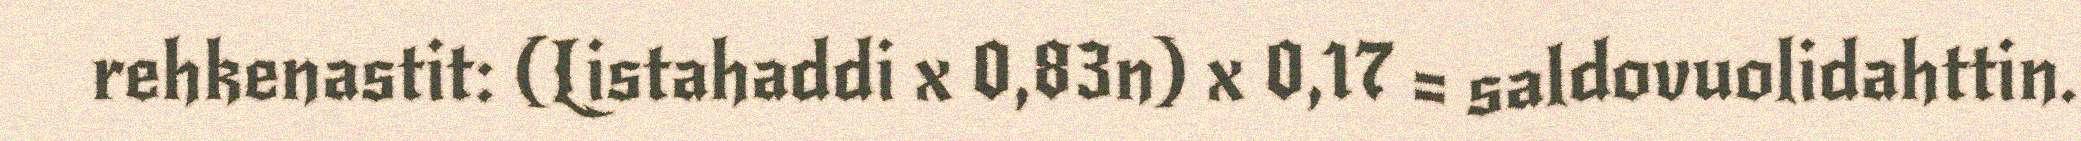
rehkenastit: (Listahaddi x 0,83n) x 0,17 = saldovuolidahttin.